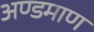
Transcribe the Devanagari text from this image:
अण्डमाण